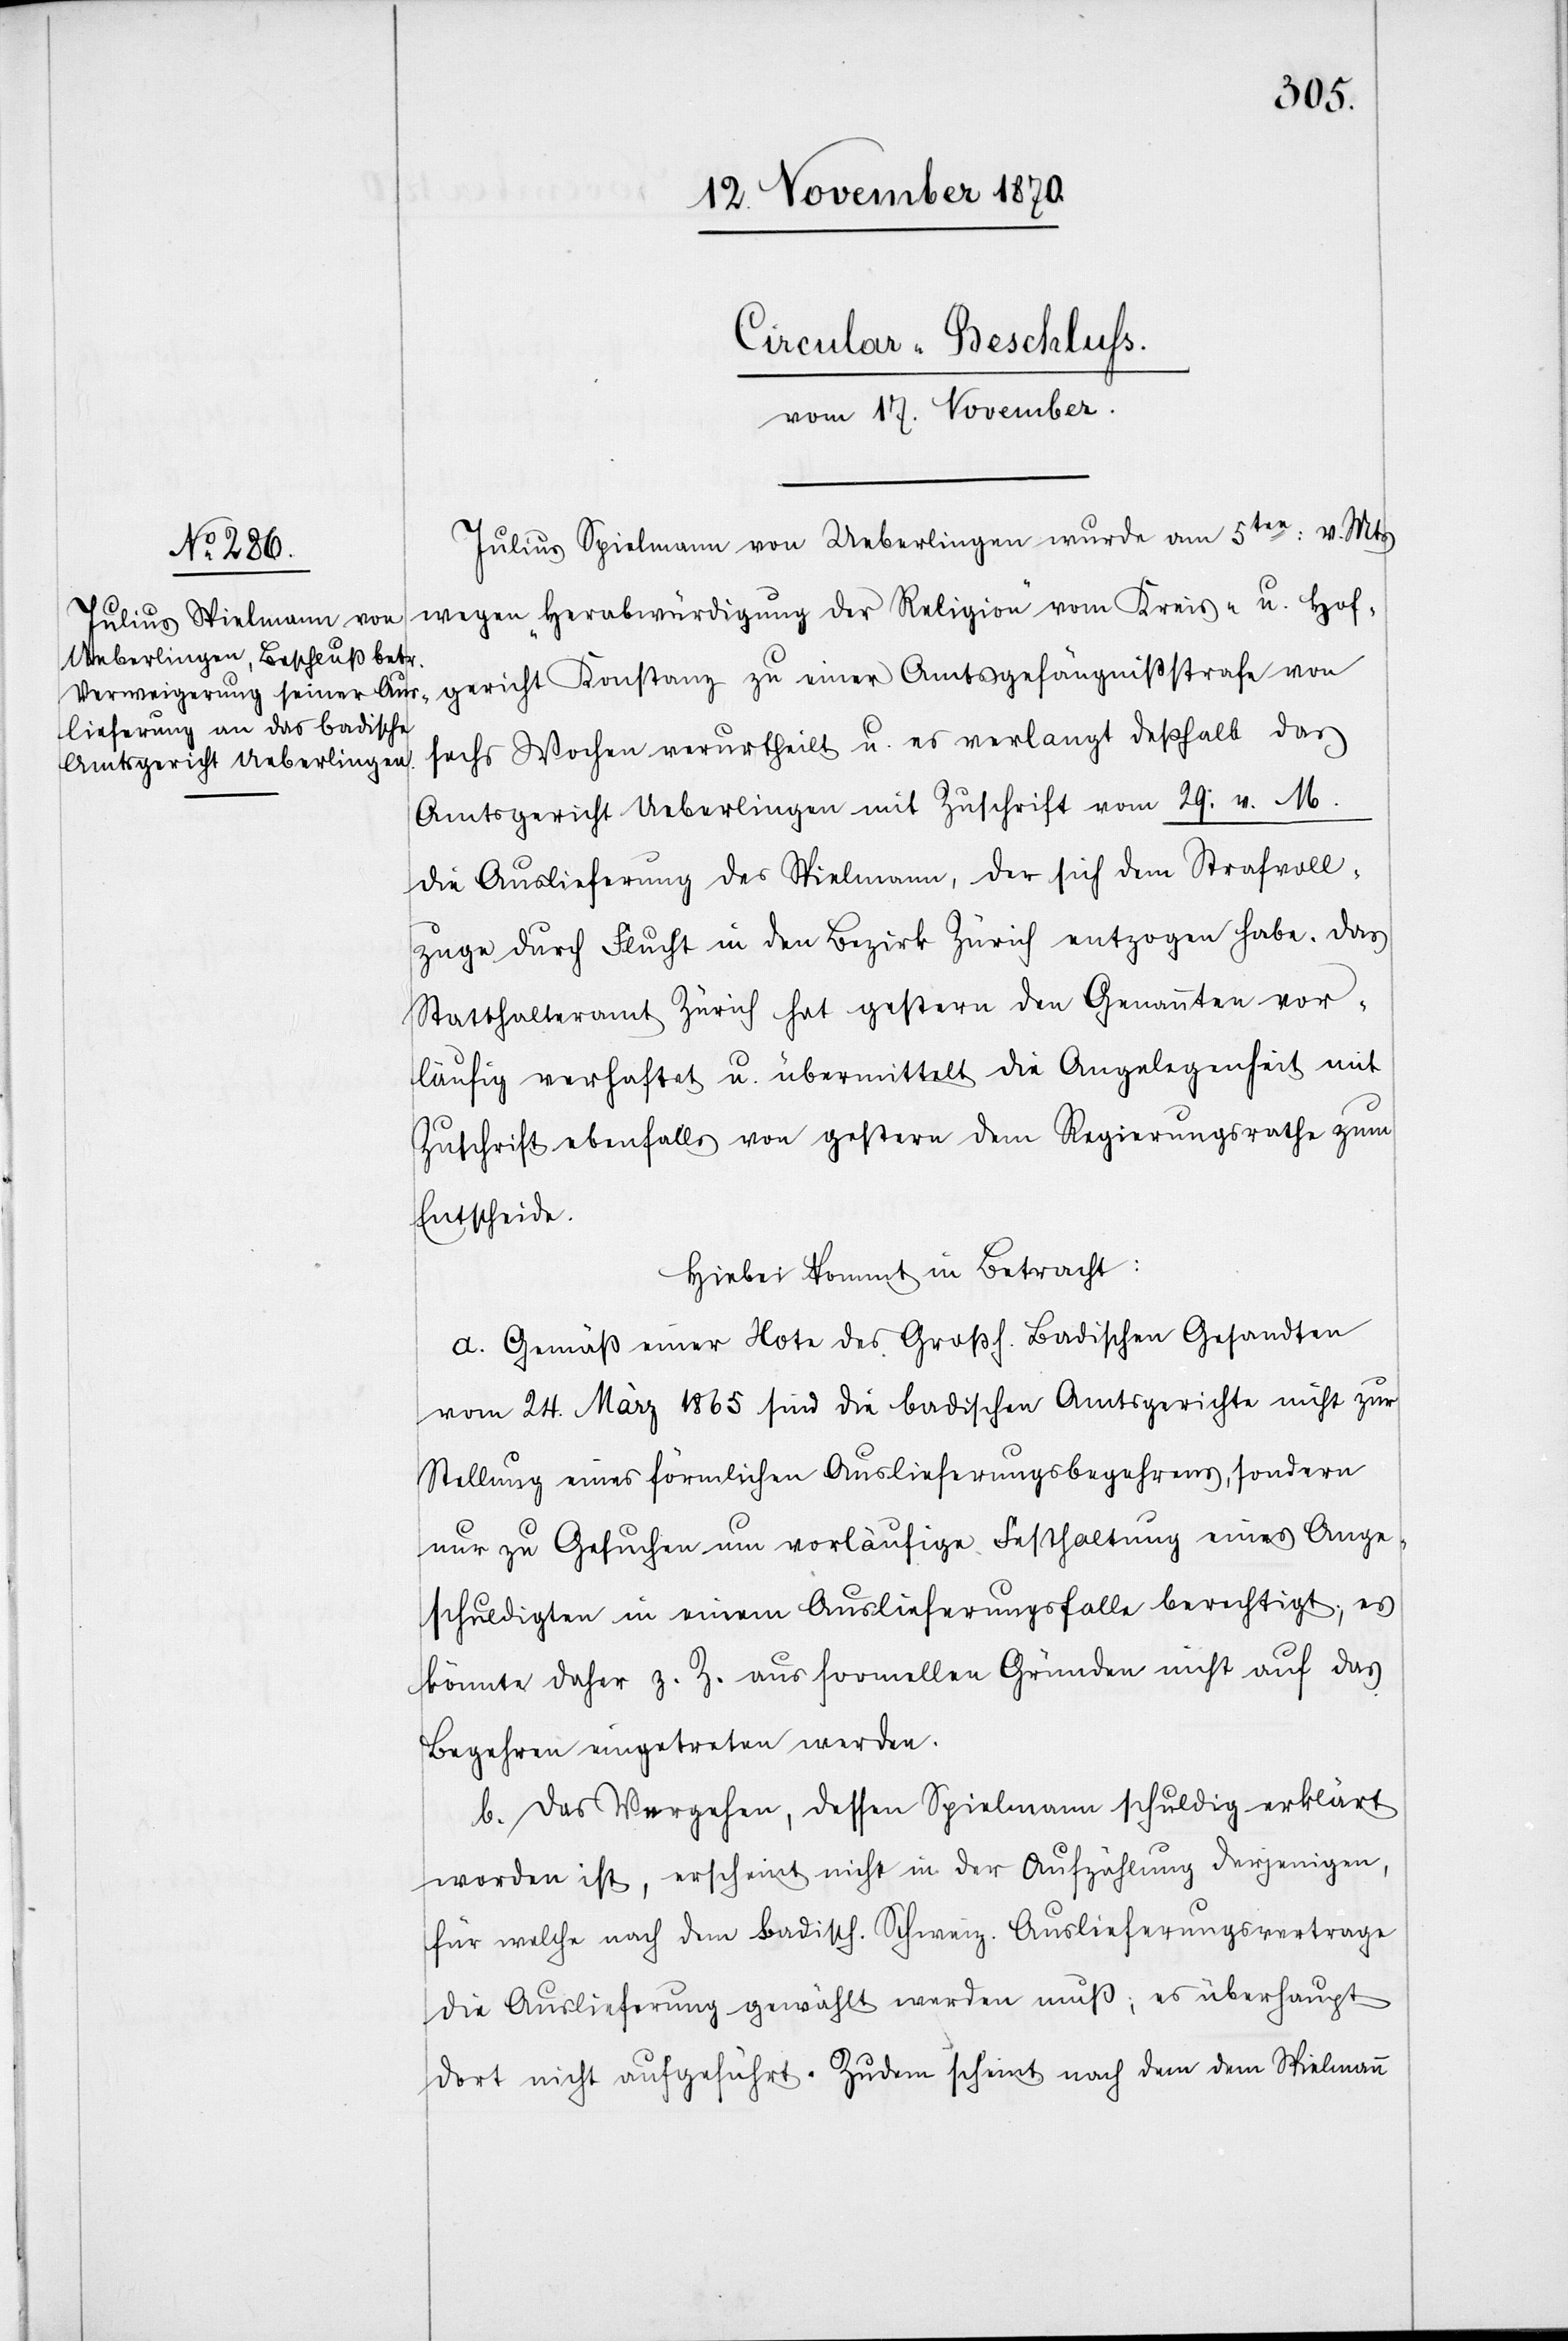
gericht Konstanz zu
vom 17. November.
Julius Spielmann von Ueberlingen wurde am 5ten: v. Mts
wegen „Herabwürdigung der Religion“ von Kreis- u. Hof¬
sechs Wochen verurtheilt u. es verlangt deßhalb das
Amtsgericht Ueberlingen mit Zuschrift vom 29: v. M.
die Auslieferung des Spielmann, der sich dem Straffvoll¬
zuge durch Flucht in den Bezirk Zürich entzogen habe. Das
Statthalteramt Zürich hat gestern den Genannten vor¬
läufig verhaftet u. übermittelt die Angelegenheit mit
Zuschrift ebenfalls von gestern dem Regierungsrathe zum
Entscheide.
Hiebei kommt in Betracht:
a. Gemäß einer Note des Großh. Badischen Gesandten
vom 24. März 1865 sind die badischen Amtsgerichte nicht zur
Stellung eines förmlichen Auslieferungsbegehrens, sondern
nur zu Gesuchen um vorläufige Festhaltung eines Ange¬
schuldigten in einem Auslieferungsfalle berechtigt; es
könnte daher z. Z. aus formellen Gründen nicht auf das
Begehren eingetreten werden.
b. Das Vergehen, dessen Spielmann schuldig erklärt
worden ist, erscheint nicht in der Aufzählung derjenigen,
für welche nach dem badisch. Schweiz. Auslieferungsvertrage
die Auslieferung gewählt werden muß; es [ist] überhaupt
dort nicht aufgeführt. Zudem scheint nach dem dem Spielmann